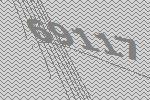
69117